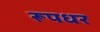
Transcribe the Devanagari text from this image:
रूपधर